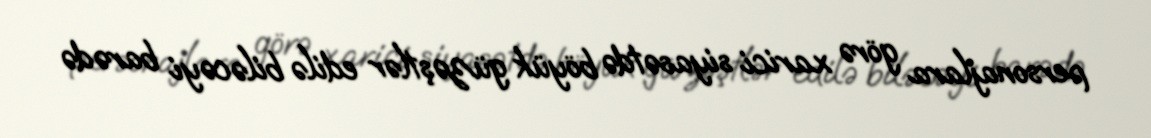
personajlara görə xarici siyasətdə böyük güzəştlər edilə biləcəyi barədə